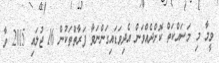
ވީމާ މި މަސައްކަތް ކޮށްދެއްވަން އެދިވަޑައިގަންނަވާ ފަރާތްތަކުން 16 ޖުލައި 2015 ވާ